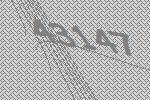
43147